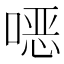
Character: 𫫇